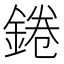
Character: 錈